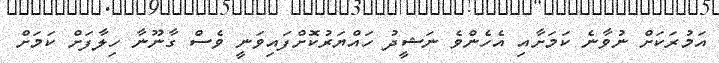
އަމުރަކަށް ނުވާނެ ކަމަށާއި އެހެންވެ ނަޝީދު ހައްޔަރުކޮށްފައިވަނީ ވެސް ގާނޫނާ ހިލާފަށް ކަމަށް